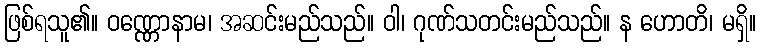
ဖြစ်ရသူ၏။ ဝဏ္ဏောနာမ၊ အဆင်းမည်သည်။ ဝါ၊ ဂုဏ်သတင်းမည်သည်။ န ဟောတိ၊ မရှိ။